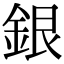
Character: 銀